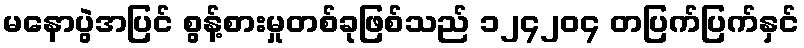
မနောပွဲအပြင် စွန့်စားမှုတစ်ခုဖြစ်သည် ၁၂၄၂၀၄ တပြက်ပြက်နှင်